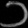
Digit: ၁